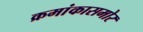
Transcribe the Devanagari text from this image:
क्रमांकासमोर